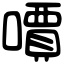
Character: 𠿪